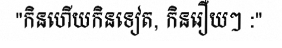
"កិនហើយកិនទៀត, កិនរឿយៗ :"